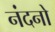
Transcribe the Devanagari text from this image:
नंदनो